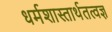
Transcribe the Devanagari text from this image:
धर्मशास्तार्थतत्वज्ञ